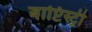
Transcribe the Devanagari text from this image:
बाप्टिस्ट्री